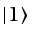
| 1 \rangle